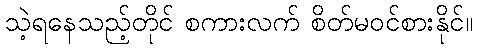
သဲ့ရနေသည့်တိုင် စကားလက် စိတ်မဝင်စားနိုင်။